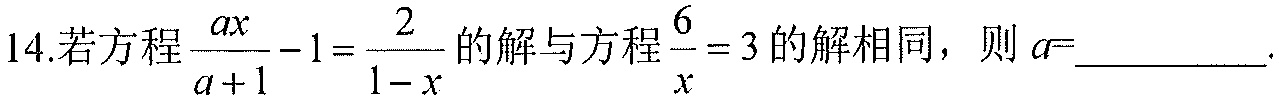
14.若方程\(\frac{ax}{a + 1}-1=\frac{2}{1 - x}\)的解与方程\(\frac{6}{x}=3\)的解相同，则\(a =\)_________.